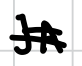
Text: JA
Cross-out: double-line
Writing tool: digital_black